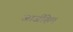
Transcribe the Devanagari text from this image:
जार्जहिम